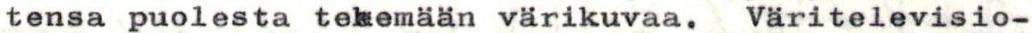
tensa puolesta tekemään värikuvaa. Väritelevisio-